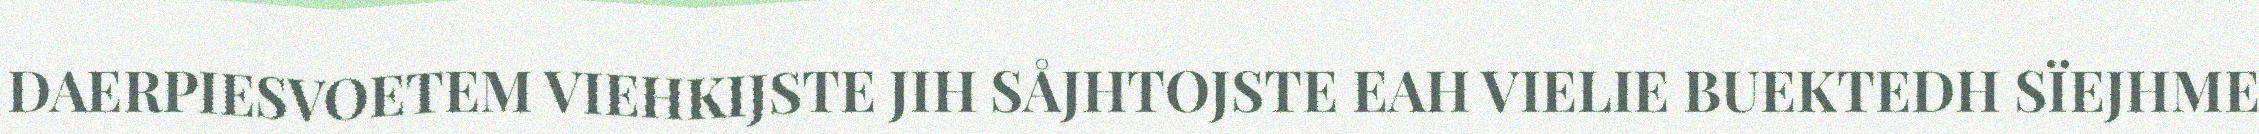
DAERPIESVOETEM VIEHKIJSTE JIH SÅJHTOJSTE EAH VIELIE BUEKTEDH SÏEJHME